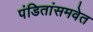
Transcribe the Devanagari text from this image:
पंडितांसमवेत